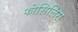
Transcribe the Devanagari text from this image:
फोसिलिस